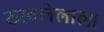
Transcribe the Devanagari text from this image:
ठरवलेलाला